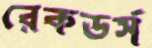
রেকডর্স